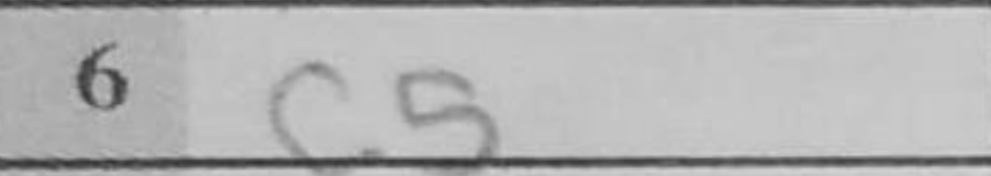
Transcription: c5